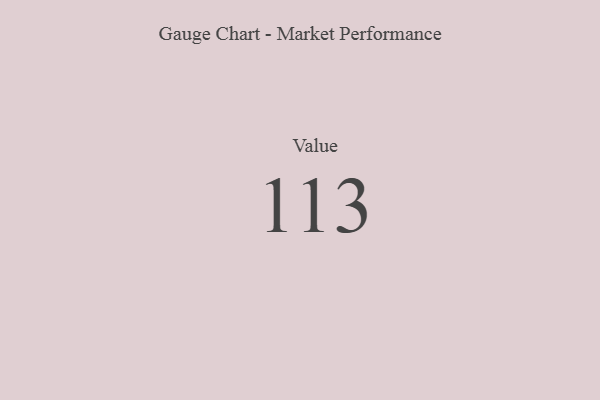
{"axis": {"x": "Metric", "y": "Value"}, "legend": [""], "data": [{"x": "Value", "y": 113, "type": ""}]}